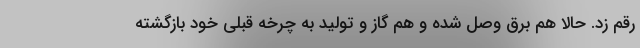
رقم زد. حالا هم برق وصل شده و هم گاز و تولید به چرخه قبلی خود بازگشته